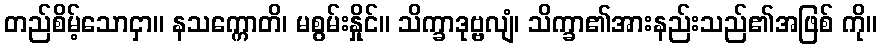
တည်စိမ့်သောငှာ။ နသက္ကောတိ၊ မစွမ်းနှိုင်။ သိက္ခာဒုဗ္ဗလျံ၊ သိက္ခာ၏အားနည်းသည်၏အဖြစ် ကို။